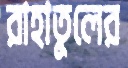
রাহাতুলের